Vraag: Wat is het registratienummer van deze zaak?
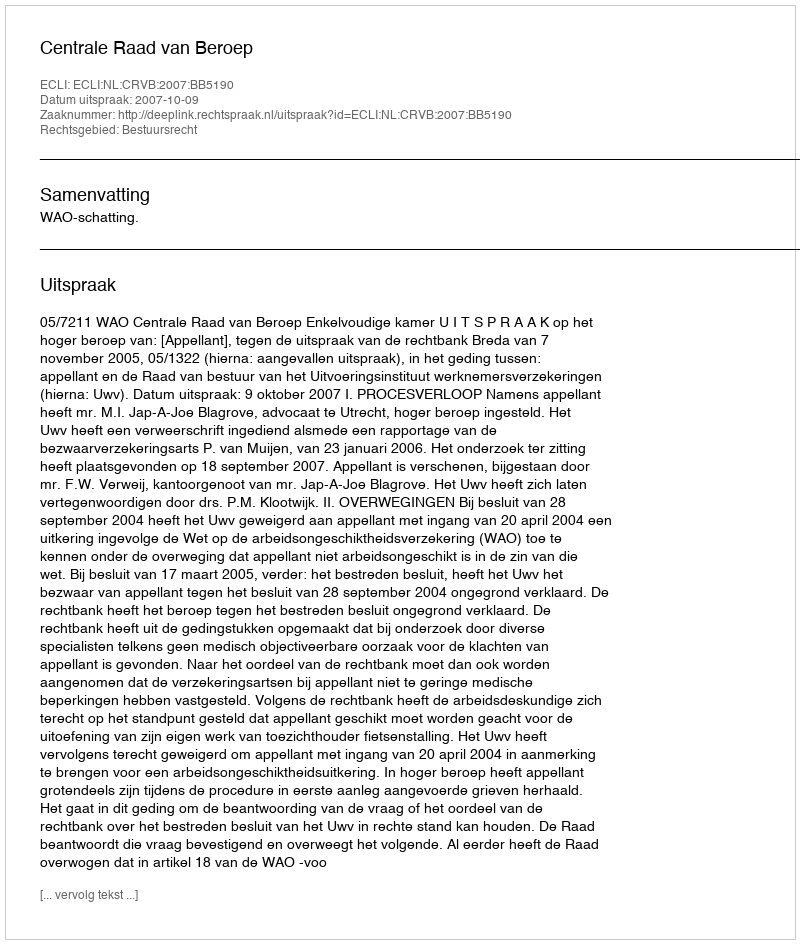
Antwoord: http://deeplink.rechtspraak.nl/uitspraak?id=ECLI:NL:CRVB:2007:BB5190